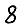
Digit: 8